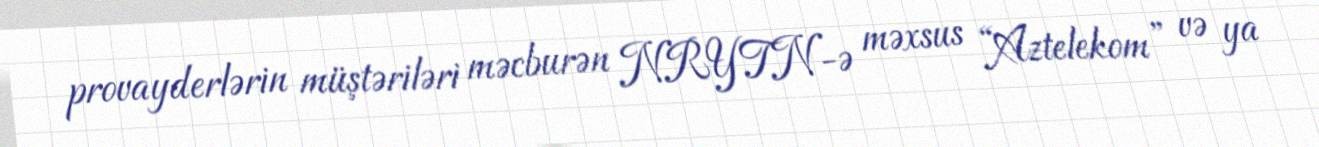
provayderlərin müştəriləri məcburən NRYTN-ə məxsus “Aztelekom” və ya